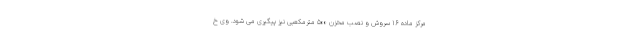
مرکز ماده ۱۶ سروش و نصب مخزن ۵۰۰ مترمکعبی نیز پیگیری می شود. وی خ